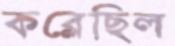
কব্‌লেছিল